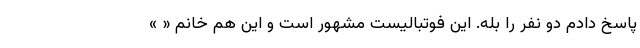
پاسخ دادم دو نفر را بله. این فوتبالیست مشهور است و این هم خانم « »